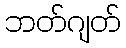
ဘတ်ဂျတ်